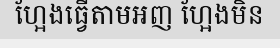
ហ្អែងធ្វើតាមអញ ហ្អែងមិន